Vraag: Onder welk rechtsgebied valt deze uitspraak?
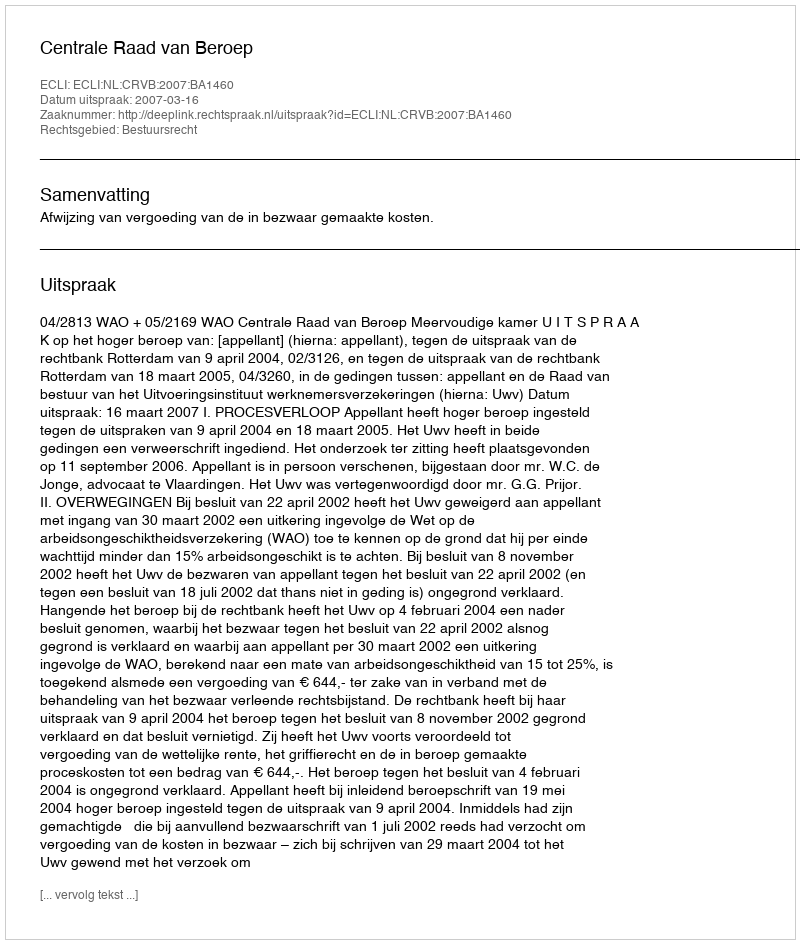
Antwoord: Bestuursrecht